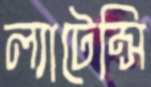
ল্যাটেন্সি